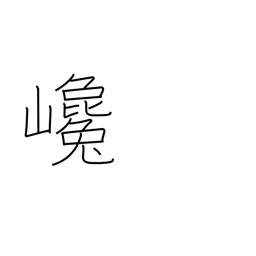
Meaning: rising steeply